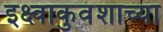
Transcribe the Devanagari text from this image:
इक्ष्वाकुवंशाच्या